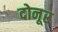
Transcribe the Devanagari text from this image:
दोनूर